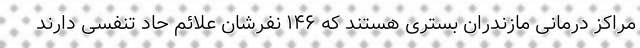
مراکز درمانی مازندران بستری هستند که ۱۴۶ نفرشان علائم حاد تنفسی دارند